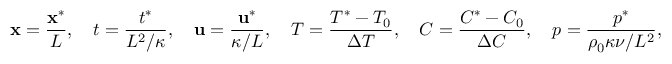
\mathbf { x } = \frac { \mathbf { x } ^ { * } } { L } , \quad t = \frac { t ^ { * } } { L ^ { 2 } / \kappa } , \quad \mathbf { u } = \frac { \mathbf { u } ^ { * } } { \kappa / L } , \quad T = \frac { T ^ { * } - T _ { 0 } } { \Delta T } , \quad C = \frac { C ^ { * } - C _ { 0 } } { \Delta C } , \quad p = \frac { p ^ { * } } { \rho _ { 0 } \kappa \nu / L ^ { 2 } } ,